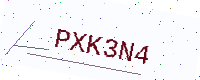
Text: PXK3N4